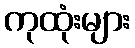
ကုထုံးများ